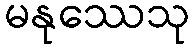
မနုဿေသု